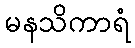
မနသိကာရံ